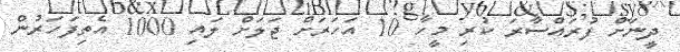
ދީނަށް ފުރައްސާރަ ކުރި މީހާ 10 އަހަރަށް ޖަލަށް ލައި 1000 އެތިފަހަރުން